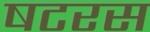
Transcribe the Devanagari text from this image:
षटरस